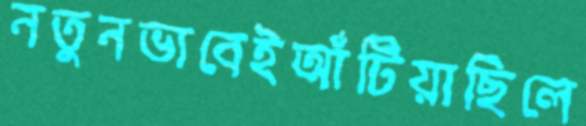
নতুনভাবেইআঁটিয়াছিলে